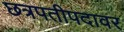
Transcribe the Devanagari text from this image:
छत्रपतीपदावर